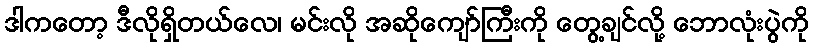
ဒါကတော့ ဒီလိုရှိတယ်လေ၊ မင်းလို အဆိုကျော်ကြီးကို တွေ့ချင်လို့ ဘောလုံးပွဲကို